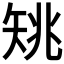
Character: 𥎺